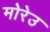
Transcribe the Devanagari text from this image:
मोरेउ